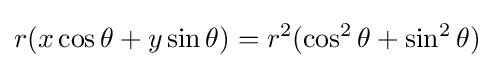
r(x\cos \theta +y\sin \theta )=r^{2}(\cos ^{2}\theta +\sin ^{2}\theta )